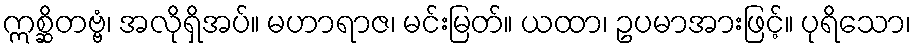
ဣစ္ဆိတဗ္ဗံ၊ အလိုရှိအပ်။ မဟာရာဇ၊ မင်းမြတ်။ ယထာ၊ ဥပမာအားဖြင့်။ ပုရိသော၊